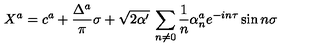
X ^ { a } = c ^ { a } + \frac { \Delta ^ { a } } { \pi } \sigma + \sqrt { 2 \alpha ^ { \prime } } \: \sum _ { n \neq 0 } \frac { 1 } { n } \alpha _ { n } ^ { a } e ^ { - i n \tau } \sin n \sigma